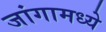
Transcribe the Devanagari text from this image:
जांगामध्ये